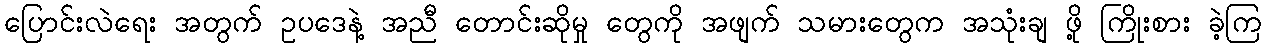
ပြောင်းလဲရေး အတွက် ဥပဒေနဲ့ အညီ တောင်းဆိုမှု တွေကို အဖျက် သမားတွေက အသုံးချ ဖို့ ကြိုးစား ခဲ့ကြ